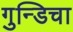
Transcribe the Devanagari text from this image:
गुन्डिचा